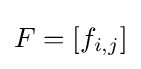
{\textstyle F=[f_{i,j}]}